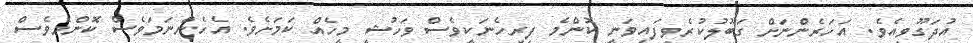
އުދަގޫވިއެވެ. އަހަރެންނަށް ގަބޫލުކުރެވިފައިވަނީ ކޮންމެ ފިރިހެނަކީވެސް ވަހުޝީ މީހެއް ކަމަށެވެ. އެހެންނަމަވެސް ކޮންމެވެސް